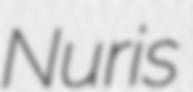
Nuris